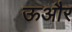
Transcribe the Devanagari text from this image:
ऊऔर